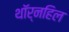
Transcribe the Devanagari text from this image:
थॉर्नहिल